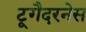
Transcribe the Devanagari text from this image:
टूगैदरनेस